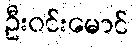
ဦးဝင်းမောင်